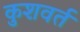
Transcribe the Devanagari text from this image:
कुशवर्त